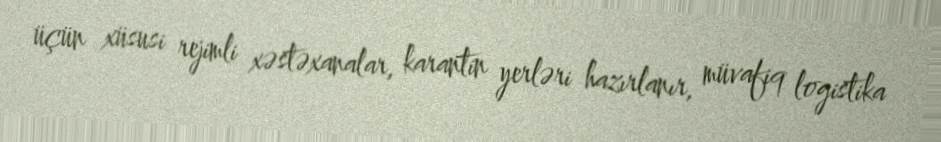
üçün xüsusi rejimli xəstəxanalar, karantin yerləri hazırlanır, müvafiq logistika